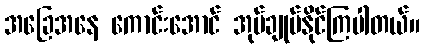
အခြေအနေ ကောင်းအောင် အုပ်ချုပ်နိုင်ကြပါတယ်။